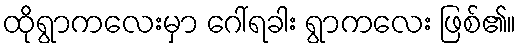
ထိုရွာကလေးမှာ ဂေါ်ရခါး ရွာကလေး ဖြစ်၏။